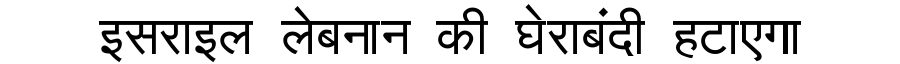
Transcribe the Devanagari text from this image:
इसराइल लेबनान की घेराबंदी हटाएगा